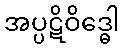
အပ္ပဋိဝိဒ္ဓေါ